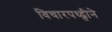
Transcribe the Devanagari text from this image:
विचारपध्द्तीने